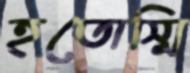
হতোস্মি